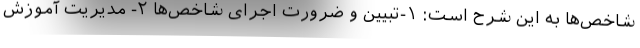
شاخص‌ها به این شرح است: ۱-تبیین و ضرورت اجرای شاخص‌ها ۲- مدیریت آموزش